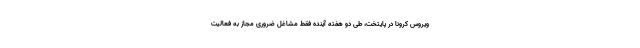
ویروس کرونا در پایتخت، طی دو هفته آینده فقط مشاغل ضروری مجاز به فعالیت